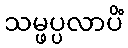
သမ္ဖပ္ပလာပိံ